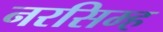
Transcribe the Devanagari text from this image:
नरसिम्ह